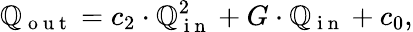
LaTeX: \mathbb{Q}_{\mathrm{{~o~u~t~}}}=c_{2}\cdot\mathbb{Q}_{\mathrm{{~i~n~}}}^{2}+G\cdot\mathbb{Q}_{\mathrm{{~i~n~}}}+c_{0},